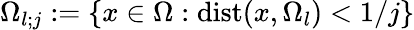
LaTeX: \Omega_{l;j}:=\{ x\in\Omega:\mathrm{dist}(x,\Omega_{l})<1/j\}